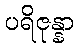
ပရိဇုန္နာ